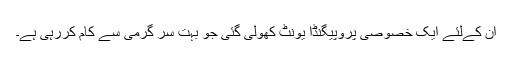
ان کےلئے ایک خصوصی پروپیگنڈا یونٹ کھولی گئی جو بہت سر گرمی سے کام کررہی ہے۔